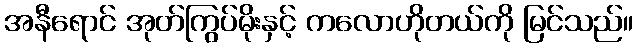
အနီရောင် အုတ်ကြွပ်မိုးနှင့် ကလောဟိုတယ်ကို မြင်သည်။